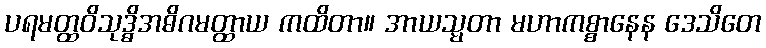
ပရမတ္ထဝိသုဒ္ဓိအဓိဂမတ္ထာယ ကထိတာ။ အာယသ္မတာ မဟာကစ္စာနေန ဒေသိတေ